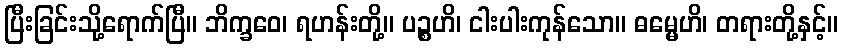
ပြီးခြင်းသို့ရောက်ပြီ။ ဘိက္ခဝေ၊ ရဟန်းတို့။ ပဉ္စဟိ၊ ငါးပါးကုန်သော။ ဓမ္မေဟိ၊ တရားတို့နှင့်။